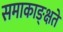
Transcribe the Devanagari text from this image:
समाकाङ्क्षते